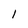
Character: l